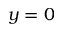
y = 0